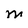
Character: M